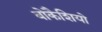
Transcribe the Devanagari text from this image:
बोकैशियो